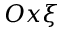
O x \xi